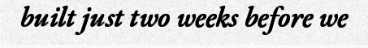
built just two weeks before we